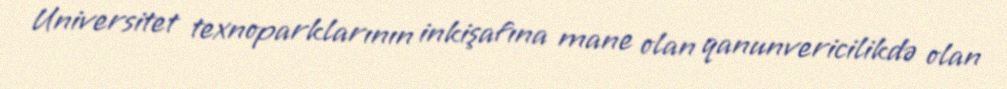
Universitet texnoparklarının inkişafına mane olan qanunvericilikdə olan